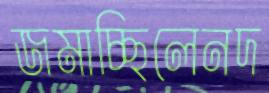
জমাচ্ছিলেনদ